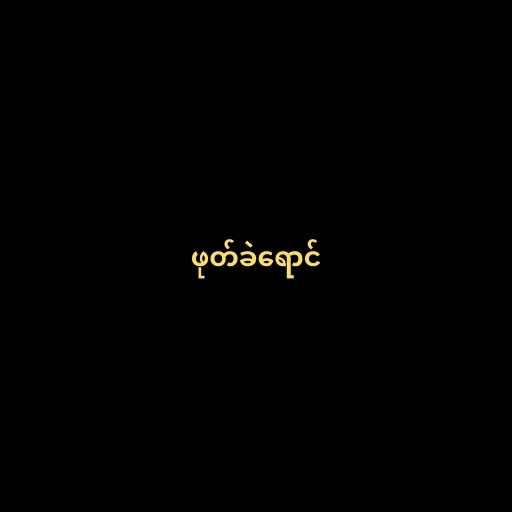
ဖုတ်ခဲရောင်